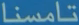
تامسنا